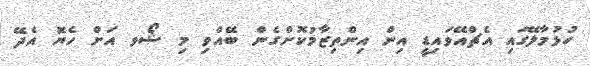
ހުޅުމާލޭގައި އެޗްއޭވައިޑީ އިން އިންތިޒާމުކޮށްގެން ބޭއްވި މި ޝޯވ އަށް ހެޔޮ އެދޭ